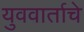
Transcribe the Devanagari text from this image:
युववार्ताचे